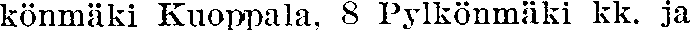
könmäki Kuoppala, 8 Pylkönmäki kk. ja